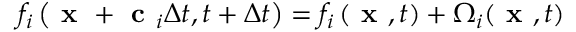
f _ { i } \left( \textbf { x } + \textbf { c } _ { i } \Delta t , t + \Delta t \right) = f _ { i } \left( \textbf { x } , t \right) + \Omega _ { i } ( \textbf { x } , t )